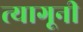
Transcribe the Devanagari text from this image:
त्यागूनी